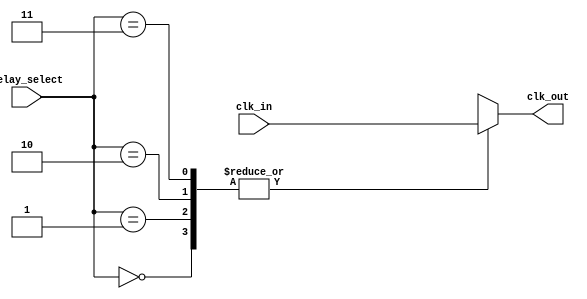
module delay_clock_buffer (
    input  wire clk_in,       // Input clock signal
    input  wire [1:0] delay_select, // Control signals for delay selection
    output reg  clk_out       // Output delayed clock signal
);

// Define internal signals for delayed clock stages
wire clk_stage0, clk_stage1, clk_stage2, clk_stage3;

// Buffer stages
assign clk_stage0 = clk_in; // No delay
assign clk_stage1 = clk_stage0; // Delay stage 1
assign clk_stage2 = clk_stage1; // Delay stage 2
assign clk_stage3 = clk_stage2; // Delay stage 3

// Generate the output clock based on the selected delay
always @(*) begin
    case (delay_select)
        2'b00: clk_out = clk_stage0; // No delay
        2'b01: clk_out = clk_stage1; // 1 clock cycle delay
        2'b10: clk_out = clk_stage2; // 2 clock cycles delay
        2'b11: clk_out = clk_stage3; // 3 clock cycles delay
        default: clk_out = clk_stage0; // Default case
    endcase
end

endmodule